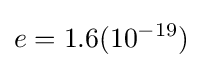
e=1.6(10^{-19})